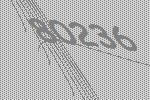
80236